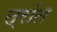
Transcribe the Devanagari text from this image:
त्रांत